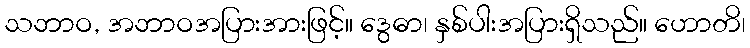
သဘာဝ, အဘာဝအပြားအားဖြင့်။ ဒွေဓာ၊ နှစ်ပါးအပြားရှိသည်။ ဟောတိ၊